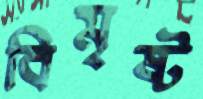
বিমৃষ্ট